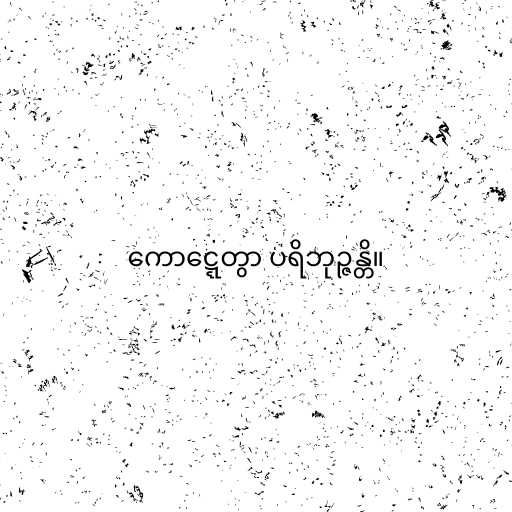
ကောဋ္ဋေတွာ ပရိဘုဉ္ဇန္တိ။